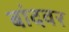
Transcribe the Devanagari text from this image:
बांदवर